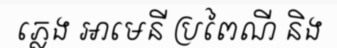
ភ្លេង អាមេនី ប្រពៃណី និង